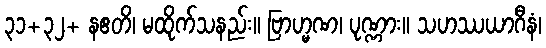
၃၁+၃၂+ နဧတိ၊ မထိုက်သနည်း။ ဗြာဟ္မဏ၊ ပုဏ္ဏား။ သဟဿယာဂီနံ၊